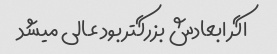
اگر ابعادش بزرگتر بود عالی میشد